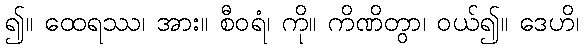
၍။ ထေရဿ၊ အား။ စီဝရံ၊ ကို။ ကိဏိတွာ၊ ဝယ်၍။ ဒေဟိ၊